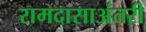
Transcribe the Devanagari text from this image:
रामदासाअंतरी